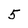
Character: 5